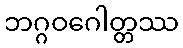
ဘဂ္ဂဝဂေါတ္တဿ